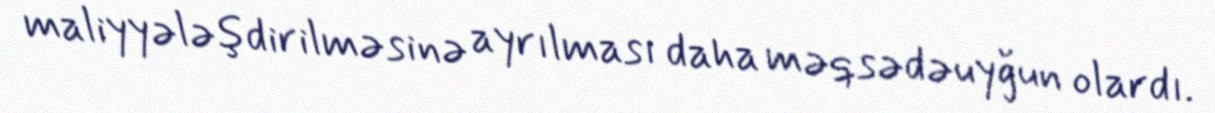
maliyyələşdirilməsinə ayrılması daha məqsədəuyğun olardı.